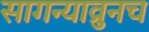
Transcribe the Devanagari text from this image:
सागन्याव्रुनच